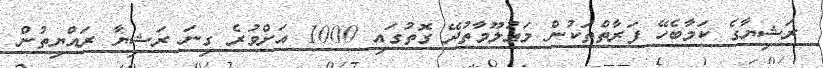
ރަޝިޔާގެ ކަމާބެހޭ ފަރާތްތަކުން މަޢުލޫމާތުދޭ ގޮތުގައި 1000 އަށްވުރެ ގިނަ ރަޝިޔާ ރައްޔިތުން